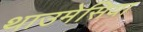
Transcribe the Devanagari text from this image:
थाउमेसिया